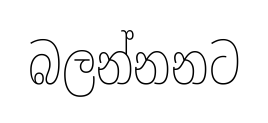
බලන්නනට